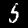
Digit: 5